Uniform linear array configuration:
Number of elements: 8
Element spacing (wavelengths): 0.5
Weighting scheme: binomial
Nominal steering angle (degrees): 60
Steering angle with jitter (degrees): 60.864
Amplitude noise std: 0.05
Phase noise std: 0.05

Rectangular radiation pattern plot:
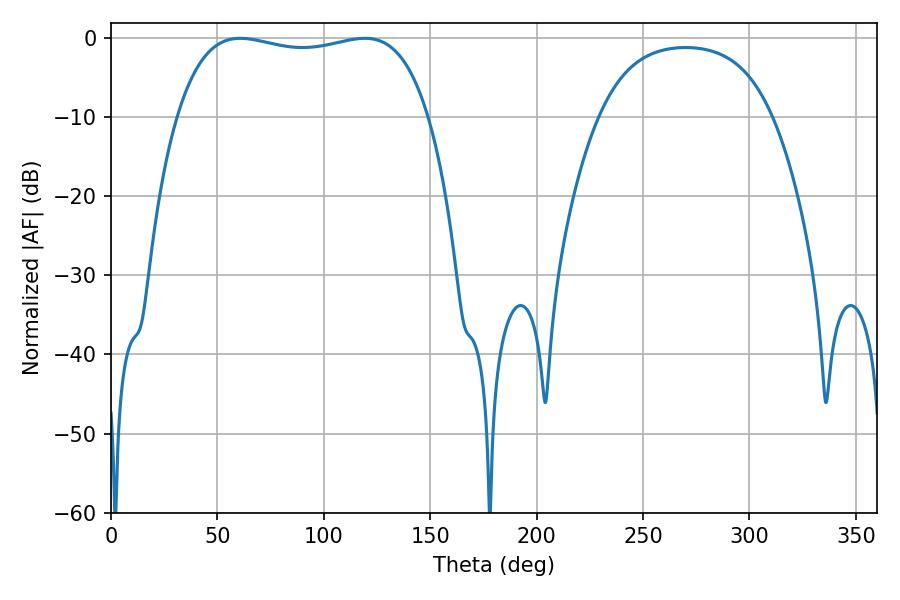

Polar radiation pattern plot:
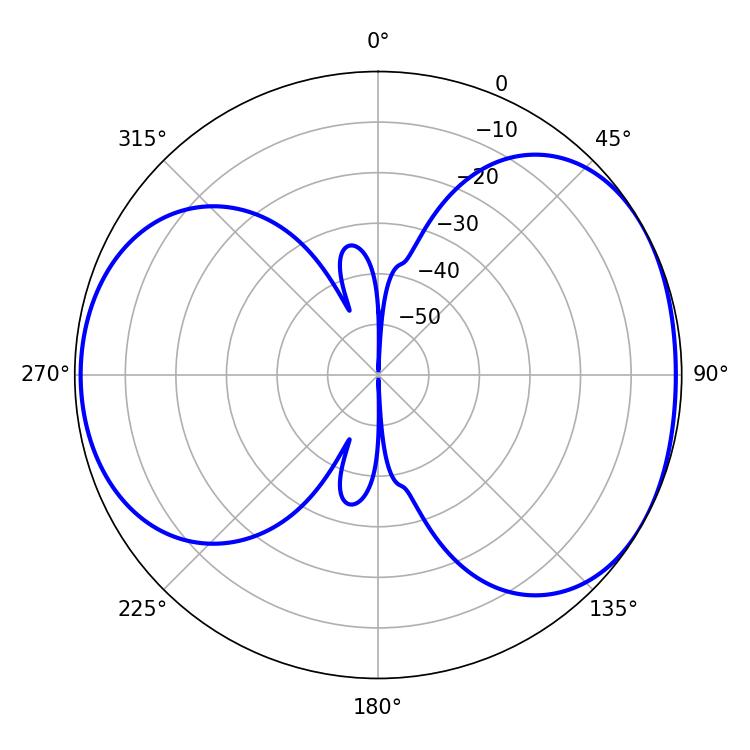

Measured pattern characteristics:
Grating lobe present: FALSE
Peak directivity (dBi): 4.878
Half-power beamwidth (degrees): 95.4
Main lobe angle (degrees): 60.66